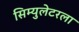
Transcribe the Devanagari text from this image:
सिम्युलेटरला